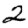
Digit: 2